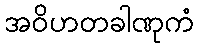
အဝိဟတခါဏုကံ